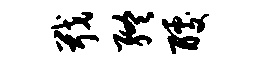
戢终醵